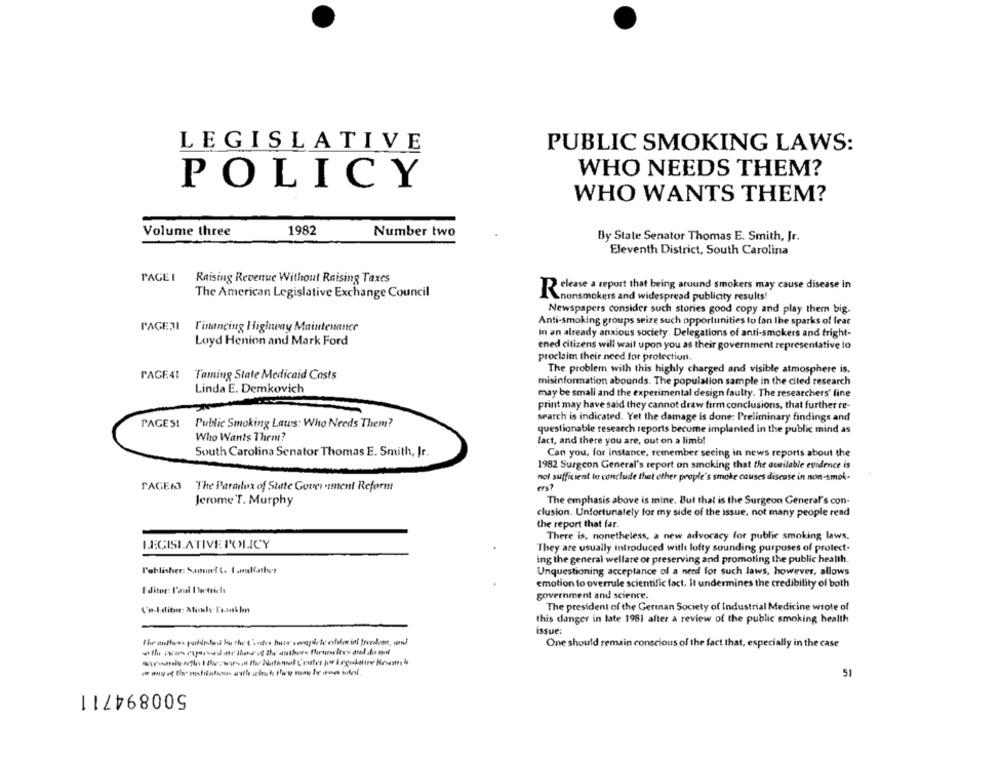
LEGISLATIVE
PUBLIC SMOKING LAWS:
WHO NEEDS THEM?
POLICY
WHO WANTS THEM?
Volume three
1982
Number two
By State Senator Thomas E. Smith, Jr.
Eleventh District, South Carolina
PAGEI
Raising Revenue Without Raising Taxes
Release a report that being around smokers may cause disease in
The American Legislative Exchange Council
nonsmokers and widespread publicity results!
Newspapers consider such stories good copy and play them big.
PAGE3I
Financing Higinoay Maintenance
Anti-smoking groups seize such opportunities to fan lhe sparks of fear
in an already anxious society. Delegations of anti-smokers and fright-
Loyd Henion and Mark Ford
ened citizens will wait upon you as their government representative lo
proclaim their need for protection.
The problem with this highly charged and visible atmosphere is.
PAGE41
Taming State Medicaid Costs
misinformation abounds. The population sample in the cited research
Linda E. Demkovich
may be small and the experimental design faulty. The researchers' fine
print may have said they cannot draw firm conclusions, that further re-
search is indicated. Yet the damage is done: Preliminary findings and
PAGES1
Public Smoking Laws: Who Needs Them?
questionable research reports become implanted in the public mind as
Who Wants Thre?
fact, and there you are, out on a limb!
South Carolina Senator Thomas E. Smith, Jr.
Can you, for instance, remember seeing in news reports about the
1982 Surgeon General's report on smoking that the cusilable evidence is
not sufficient to conclude that other people's smoke causes disease in non-smok-
SAGEN3 The Paradox of State Gourinment Reform
ers?
Jerome T. Murphy
The emphasis above is mine. But that is the Surgeon General's con-
clusion. Unfortunately for my side of the issue, not many people read
the report that far.
There is, nonetheless, a new advocacy for public smoking laws,
LEGISLATIVE POLICY
They are usually introduced with lofty sounding purposes of protect-
Ing the general welfare or preserving and promoting the public health.
l'ablisher: Samuel L. I .nulfather
Unquestioning acceptance of a need for such laws, however, allows
emotion to overrule scientific fact. It undermines the credibility of both
Editor: l'aul I to trich
government and science.
The president of the German Society of Industrial Medicine wrote of
this danger in late 1981 after a review of the public smoking health
issue:
One should remain conscious of the fact that, especially in the case
51
500894711